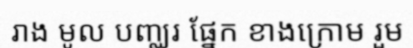
រាង មូល បញ្ឈរ ផ្នែក ខាងក្រោម រួម